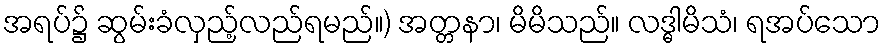
အရပ်၌ ဆွမ်းခံလှည့်လည်ရမည်။) အတ္တနာ၊ မိမိသည်။ လဒ္ဓါမိသံ၊ ရအပ်သော